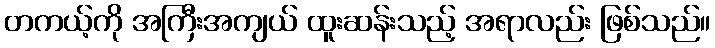
တကယ့်ကို အကြီးအကျယ် ထူးဆန်းသည့် အရာလည်း ဖြစ်သည်။